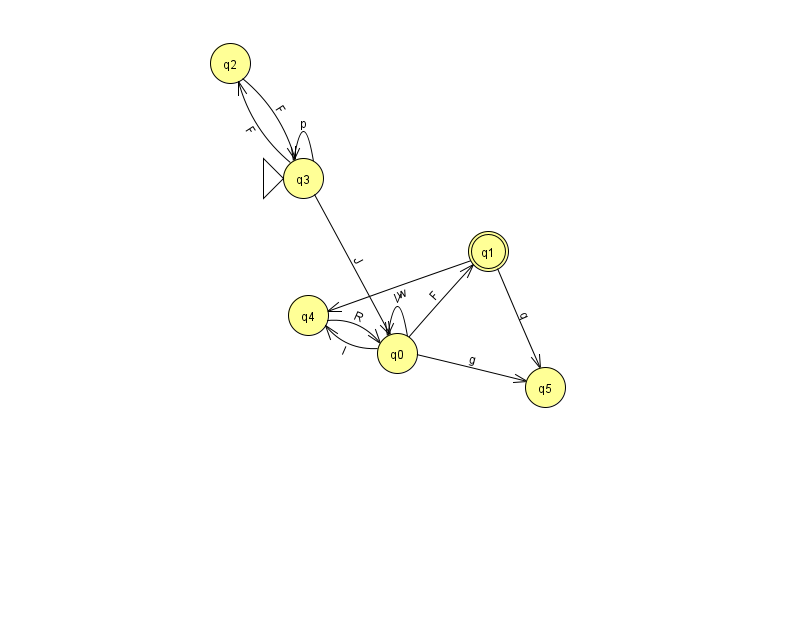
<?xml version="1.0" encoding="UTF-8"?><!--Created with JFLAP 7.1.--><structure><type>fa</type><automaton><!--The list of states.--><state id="0" name="q0"><x>397.0</x><y>340.0</y></state><state id="1" name="q1"><x>488.0</x><y>238.0</y><final/></state><state id="2" name="q2"><x>230.0</x><y>50.0</y></state><state id="3" name="q3"><x>303.0</x><y>165.0</y><initial/></state><state id="4" name="q4"><x>308.0</x><y>302.0</y></state><state id="5" name="q5"><x>545.0</x><y>374.0</y></state><!--The list of transitions.--><transition><from>3</from><to>3</to><read>p</read></transition><transition><from>2</from><to>3</to><read>F</read></transition><transition><from>3</from><to>2</to><read>F</read></transition><transition><from>1</from><to>5</to><read>q</read></transition><transition><from>4</from><to>0</to><read>R</read></transition><transition><from>0</from><to>0</to><read>V</read></transition><transition><from>0</from><to>1</to><read>F</read></transition><transition><from>0</from><to>5</to><read>g</read></transition><transition><from>0</from><to>4</to><read>I</read></transition><transition><from>1</from><to>4</to><read>w</read></transition><transition><from>3</from><to>0</to><read>J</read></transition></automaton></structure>